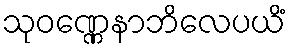
သုဝဏ္ဏေနာဘိလေပယိံ